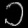
Digit: ၁